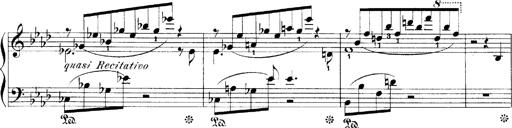
Title: LiebestrÃ¤ume
Composer: Franz Behr
Key: E-flat major